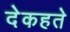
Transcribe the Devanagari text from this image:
देकहते